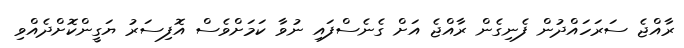
ރާއްޖެ ސަރަހައްދުން ފެނިގެން ރާއްޖެ އަށް ގެނެސްފައި ނުވާ ކަމަށްވެސް އޮފިސަރު ޔަގީންކޮށްދެއްވި